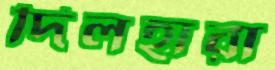
দিলহারা